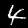
Label: 4